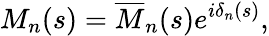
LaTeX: M_{n}(s)=\overline{{{M}}}_{n}(s)e^{i\delta_{n}(s)},